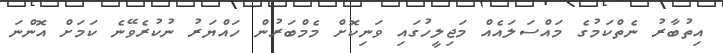
އިތުބާރު ނެތްކަމުގެ މައްސަލައެއް މަޖިލީހުގައި ވަނިކޮށް މެމްބަރުން ހައްޔަރު ނުކުރެވޭނެ ކަމަށް އޮންނަ